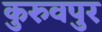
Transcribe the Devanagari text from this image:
कुरुवपुर